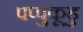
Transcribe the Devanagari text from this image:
पप्पुकूडु